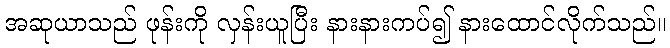
အဆုယာသည် ဖုန်းကို လှန်းယူပြီး နားနားကပ်၍ နားထောင်လိုက်သည်။